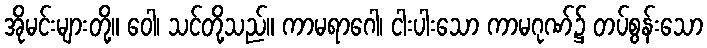
အိုမင်းများတို့။ ဝေါ၊ သင်တို့သည်။ ကာမရာဂေါ၊ ငါးပါးသော ကာမဂုဏ်၌ တပ်စွန်းသော